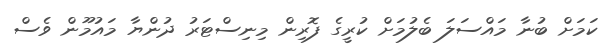
ކަމަށް ބުނާ މައްސަލަ ބެލުމަށް ކުރީގެ ފޮރިން މިނިސްޓަރު ދުންޔާ މައުމޫން ވެސް